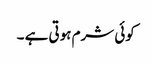
کوئی شرم ہوتی ہے ۔